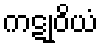
ကဋုဝိယံ